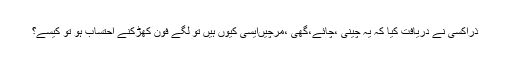
ذراکسی نے دریافت کیا کہ یہ چینی ،چائے،گھی ،مرچیںایسی کیوں ہیں تو لگے فون کھڑکنے احتساب ہو تو کیسے؟